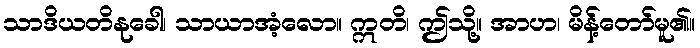
သာဒိယတိနုခေါ၊ သာယာအံ့လော။ ဣတိ၊ ဤသို့။ အာဟ၊ မိန့်တော်မူ၏။